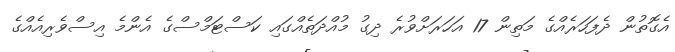
އެގޮތުން ދެފަހަރެއްގެ މަތިން 17 އަހަރަށްވުރެ ދިގު މުއްދަތެއްގައި ކަސްޓަމްސްގެ އެންމެ އިސްވެރިއެއްގެ